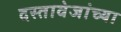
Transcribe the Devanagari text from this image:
दस्तावेजांच्या